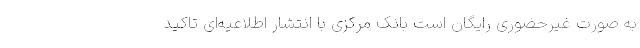
به صورت غیرحضوری رایگان است بانک مرکزی با انتشار اطلاعیه‌ای تاکید